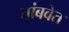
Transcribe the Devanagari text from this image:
तांबवेत